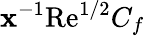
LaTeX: \mathbf{x}^{-1}\textrm{{Re}}^{1/2}C_{f}